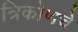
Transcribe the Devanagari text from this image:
त्रिकोणचे